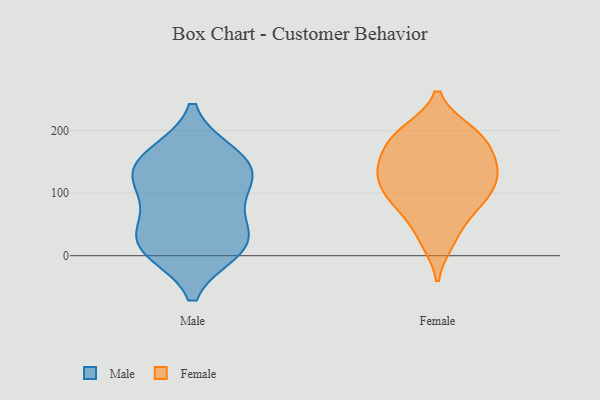
{"axis": {"x": "Market Share (%)", "y": "Value"}, "legend": ["Female", "Male"], "data": [{"x": "", "y": 116, "type": "Male"}, {"x": "", "y": 72, "type": "Male"}, {"x": "", "y": 10, "type": "Male"}, {"x": "", "y": 139, "type": "Male"}, {"x": "", "y": 19, "type": "Male"}, {"x": "", "y": 32, "type": "Male"}, {"x": "", "y": 155, "type": "Male"}, {"x": "", "y": 161, "type": "Male"}, {"x": "", "y": 119, "type": "Male"}, {"x": "", "y": 16, "type": "Male"}, {"x": "", "y": 131, "type": "Female"}, {"x": "", "y": 75, "type": "Female"}, {"x": "", "y": 141, "type": "Female"}, {"x": "", "y": 182, "type": "Female"}, {"x": "", "y": 196, "type": "Female"}, {"x": "", "y": 132, "type": "Female"}, {"x": "", "y": 23, "type": "Female"}, {"x": "", "y": 184, "type": "Female"}, {"x": "", "y": 156, "type": "Female"}, {"x": "", "y": 90, "type": "Female"}, {"x": "", "y": 198, "type": "Female"}, {"x": "", "y": 107, "type": "Female"}, {"x": "", "y": 86, "type": "Female"}, {"x": "", "y": 130, "type": "Female"}, {"x": "", "y": 156, "type": "Female"}, {"x": "", "y": 78, "type": "Female"}, {"x": "", "y": 199, "type": "Female"}, {"x": "", "y": 117, "type": "Female"}, {"x": "", "y": 29, "type": "Female"}]}